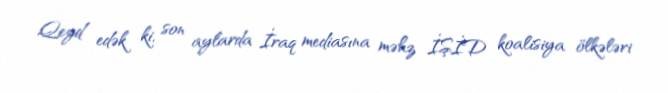
Qeyd edək ki, son aylarda İraq mediasına məhz İŞİD koalisiya ölkələri